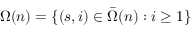
\Omega ( n ) = \{ ( s , i ) \in \bar { \Omega } ( n ) : i \geq 1 \}